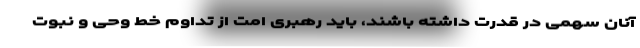
آنان سهمی در قدرت داشته باشند، باید رهبری امت از تداوم خط وحی و نبوت